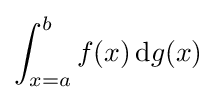
\int _{x=a}^{b}f(x)\,\mathrm {d} g(x)